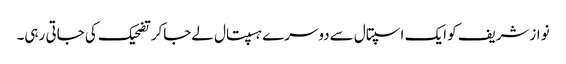
نوازشریف کو ایک اسپتال سےدوسرے ہسپتال لےجاکرتضحیک کی جاتی رہی۔